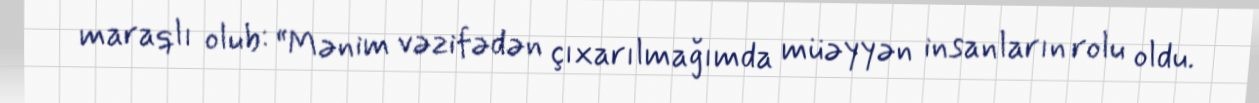
maraqlı olub: “Mənim vəzifədən çıxarılmağımda müəyyən insanların rolu oldu.